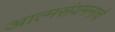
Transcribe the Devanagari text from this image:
आत्मसंयमनाचे